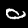
Digit: 0